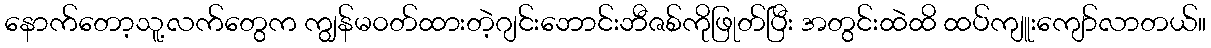
နောက်တော့သူ့လက်တွေက ကျွန်မ၀တ်ထားတဲ့ဂျင်းဘောင်းဘီဇစ်ကိုဖြုတ်ပြီး အတွင်းထဲထိ ထပ်ကျူးကျော်လာတယ်။